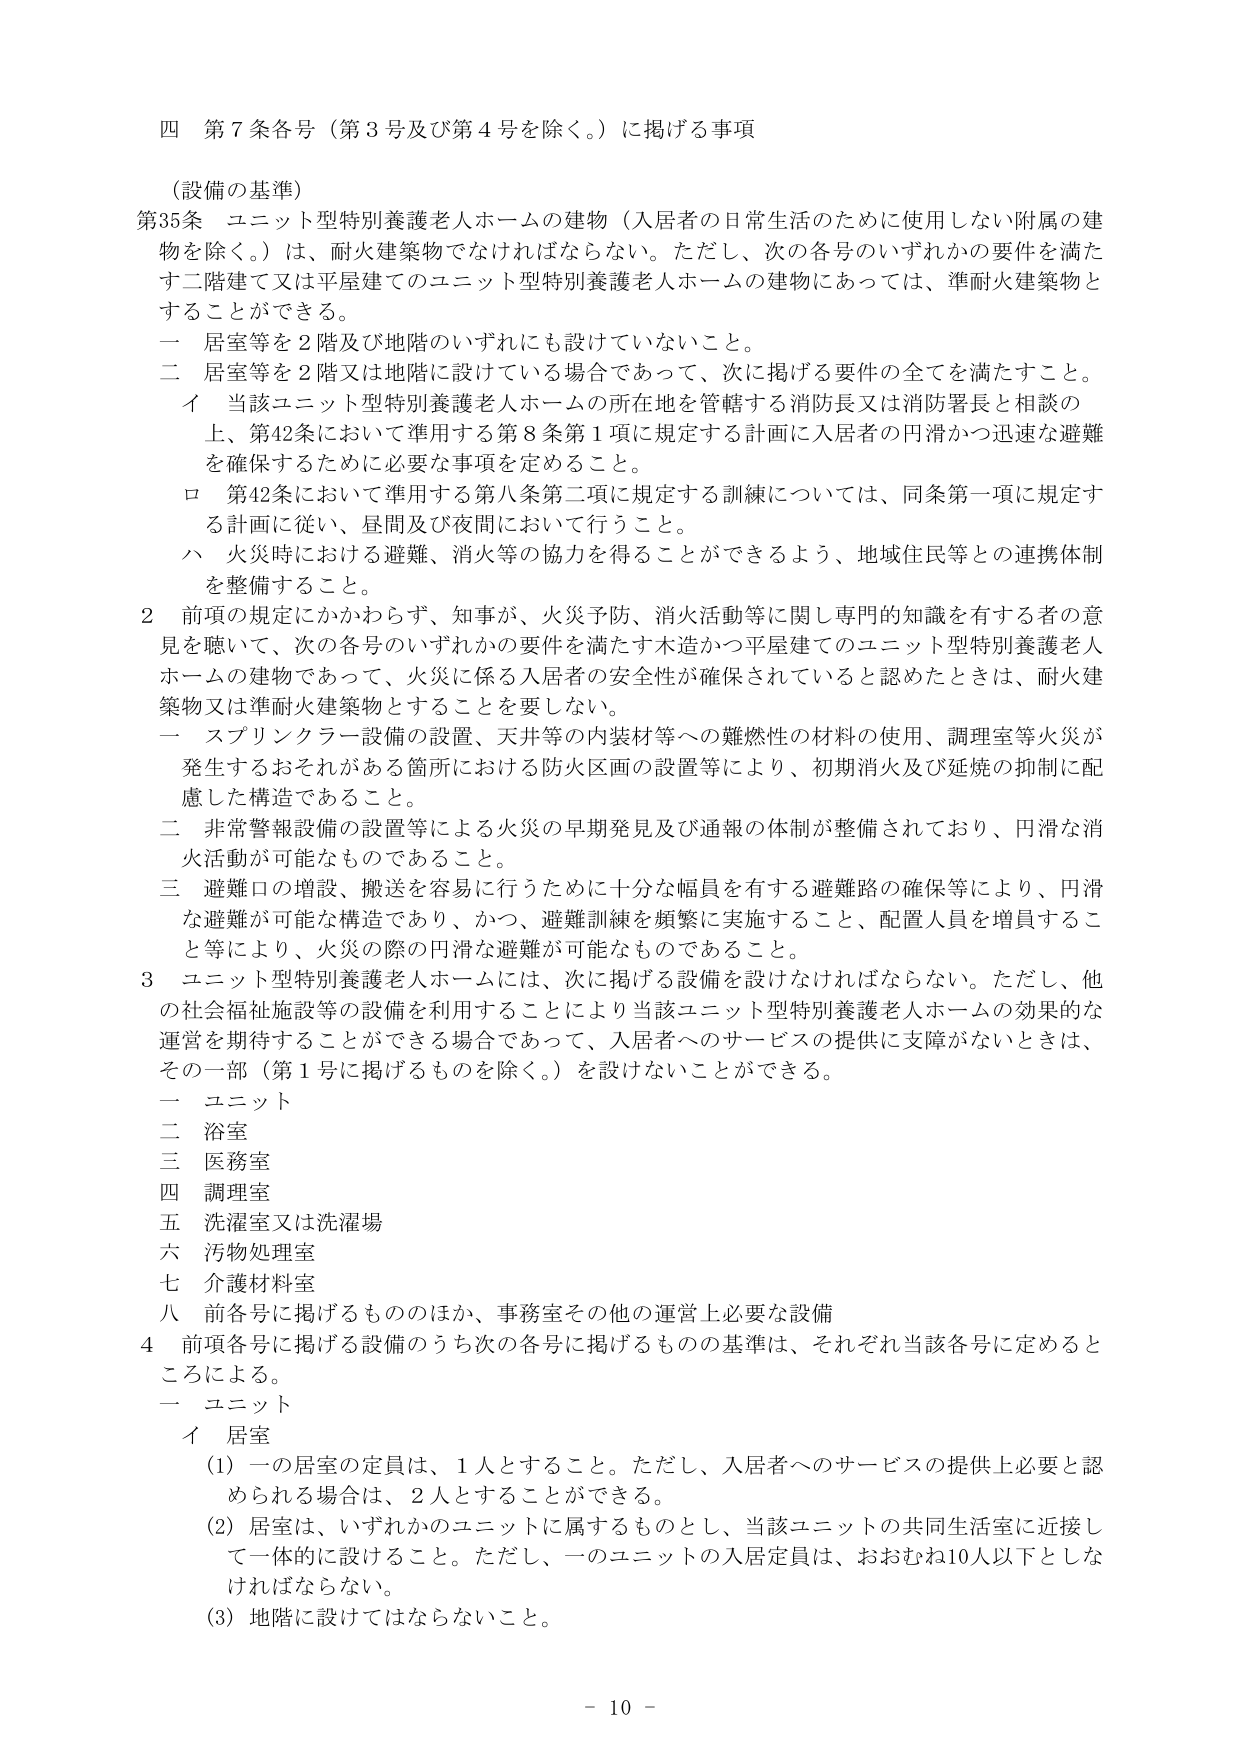
四 第7条各号（第3号及び第4号を除く。）に掲げる事項

（設備の基準）

第35条 ユニット型特別養護老人ホームの建物（入居者の日常生活のために使用しない附属の建物を除く。）は、耐火建築物でなければならない。ただし、次の各号のいずれかの要件を満たす二階建て又は平屋建てのユニット型特別養護老人ホームの建物にあっては、準耐火建築物とすることができる。

一 居室等を2階及び地階のいずれにも設けていないこと。

二 居室等を2階又は地階に設けている場合であって、次に掲げる要件の全てを満たすこと。

　イ 当該ユニット型特別養護老人ホームの所在地を管轄する消防長又は消防署長と相談の上、第42条において準用する第8条第1項に規定する計画に入居者の円滑かつ迅速な避難を確保するために必要な事項を定めること。

　ロ 第42条において準用する第八条第二項に規定する訓練については、同条第一項に規定する計画に従い、昼間及び夜間において行うこと。

　ハ 火災時における避難、消火等の協力を得ることができるよう、地域住民等との連携体制を整備すること。

2 前項の規定にかかわらず、知事が、火災予防、消火活動等に関し専門的知識を有する者の意見を聴いて、次の各号のいずれかの要件を満たす木造かつ平屋建てのユニット型特別養護老人ホームの建物であって、火災に係る入居者の安全性が確保されていると認めたときは、耐火建築物又は準耐火建築物とすることを要しない。

一 スプリンクラー設備の設置、天井等の内装材等への難燃性の材料の使用、調理室等火災が発生するおそれがある箇所における防火区画の設置等により、初期消火及び延焼の抑制に配慮した構造であること。

二 非常警報設備の設置等による火災の早期発見及び通報の体制が整備されており、円滑な消火活動が可能なものであること。

三 避難口の増設、搬送を容易に行うために十分な幅員を有する避難路の確保等により、円滑な避難が可能な構造であり、かつ、避難訓練を頻繁に実施すること、配置人員を増員すること等により、火災の際の円滑な避難が可能なものであること。

3 ユニット型特別養護老人ホームには、次に掲げる設備を設けなければならない。ただし、他の社会福祉施設等の設備を利用することにより当該ユニット型特別養護老人ホームの効果的な運営を期待することができる場合であって、入居者へのサービスの提供に支障がないときは、その一部（第1号に掲げるものを除く。）を設けないことができる。

一 ユニット

二 浴室

三 医務室

四 調理室

五 洗濯室又は洗濯場

六 汚物処理室

七 介護材料室

八 前各号に掲げるもののほか、事務室その他の運営上必要な設備

4 前項各号に掲げる設備のうち次の各号に掲げるものの基準は、それぞれ当該各号に定めるところによる。

一 ユニット

　イ 居室

　　(1) 一の居室の定員は、1人とすること。ただし、入居者へのサービスの提供上必要と認められる場合は、2人とすることができる。

　　(2) 居室は、いずれかのユニットに属するものとし、当該ユニットの共同生活室に近接して一体的に設けること。ただし、一のユニットの入居定員は、おおむね10人以下としなければならない。

　　(3) 地階に設けてはならないこと。

- 10 -